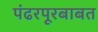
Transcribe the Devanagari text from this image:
पंढरपूरबाबत